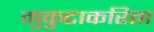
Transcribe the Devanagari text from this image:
मुकुटाकरिता